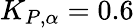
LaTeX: K_{P,\alpha}=0.6